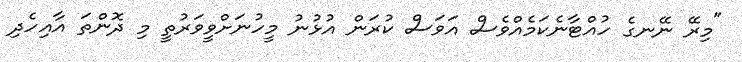
"މިރޭ ނޭނގެ ހުއްޓާނެކަމެއްވެސް އަވަސް ކުރަން އުޅުނު މީހުނަށްވީވަރުތީ މި ދޮންތަ އާއިހެދި